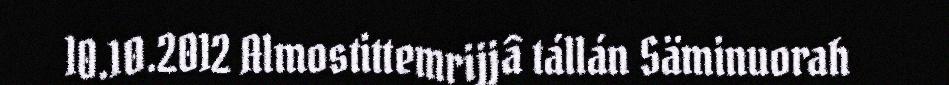
10.10.2012 Almostittemrijjâ tállán Säminuorah